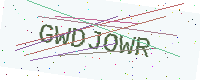
Text: GWDJOWR